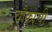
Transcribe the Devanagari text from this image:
चौकाची